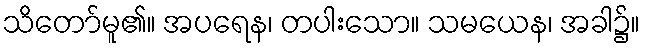
သိတော်မူ၏။ အပရေန၊ တပါးသော။ သမယေန၊ အခါ၌။